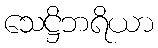
သေဋ္ဌိဘရိယာ